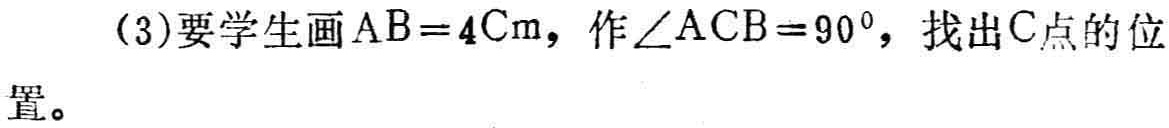
(3)要学生画\(AB = 4\mathrm{cm}\)，作\(\angle ACB = 90^{\circ}\)，找出\(C\)点的位置。